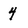
Character: 4